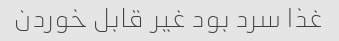
غذا سرد بود غیر قابل خوردن